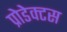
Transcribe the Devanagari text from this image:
प्रोडेक्टस